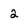
Character: 2